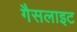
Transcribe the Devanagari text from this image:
गैसलाइट